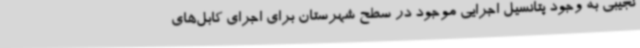
نجیبی به وجود پتانسیل اجرایی موجود در سطح شهرستان برای اجرای کابل‌های